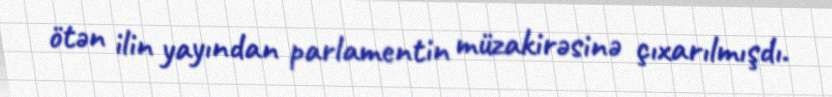
ötən ilin yayından parlamentin müzakirəsinə çıxarılmışdı.